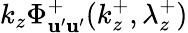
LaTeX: k_{z}\Phi_{\mathbf{u}^{\prime}\mathbf{u}^{\prime}}^{+}(k_{z}^{+},\lambda_{z}^{+})